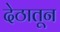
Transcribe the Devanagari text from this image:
देठातून